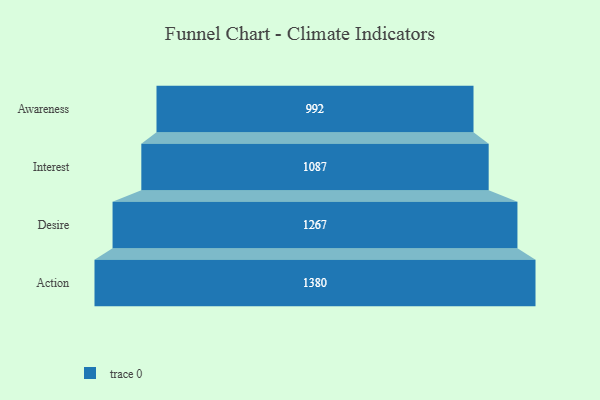
{"axis": {"x": "Stage", "y": "Value"}, "legend": [""], "data": [{"x": "Awareness", "y": 992.0, "type": ""}, {"x": "Interest", "y": 1087.0, "type": ""}, {"x": "Desire", "y": 1267.0, "type": ""}, {"x": "Action", "y": 1380.0, "type": ""}]}